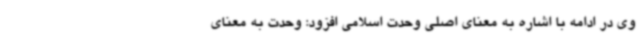
وی در ادامه با اشاره به معنای اصلی وحدت اسلامی افزود: وحدت به معنای